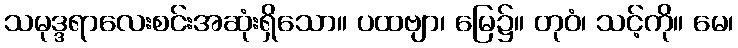
သမုဒ္ဒရာလေးစင်းအဆုံးရှိသော။ ပထဗျာ၊ မြေ၌။ တုဝံ၊ သင့်ကို။ မေ၊